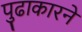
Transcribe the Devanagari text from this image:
पुढाकारने